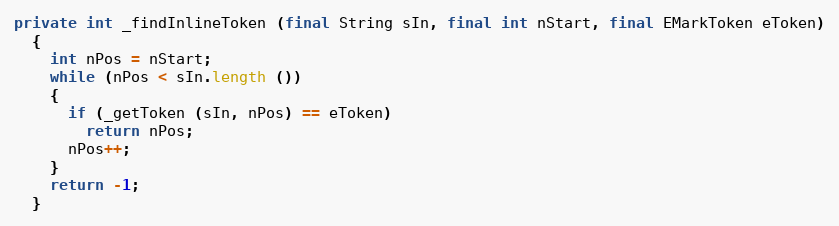
Language: Java
private int _findInlineToken (final String sIn, final int nStart, final EMarkToken eToken)
  {
    int nPos = nStart;
    while (nPos < sIn.length ())
    {
      if (_getToken (sIn, nPos) == eToken)
        return nPos;
      nPos++;
    }
    return -1;
  }